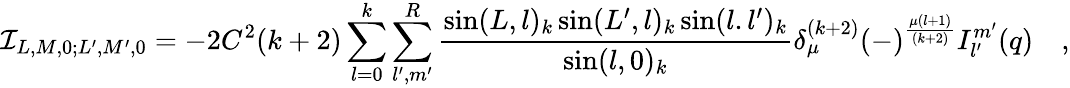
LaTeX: {\cal I}_{L,M,0;L^{\prime},M^{\prime},0}=-2C^{2}(k+2)\sum_{l=0}^{k}\sum_{l^{\prime},m^{\prime}}^{R}{\frac{\sin(L,l)_{k}\sin(L^{\prime},l)_{k}\sin(l.l^{\prime})_{k}}{\sin(l,0)_{k}}}\delta_{\mu}^{(k+2)}(-)^{\frac{\mu(l+1)}{(k+2)}}I_{l^{\prime}}^{m^{\prime}}(q)\quad,